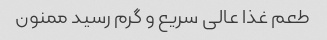
طعم غذا عالی سریع و گرم رسید ممنون